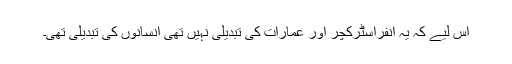
اس لیے کہ یہ انفراسٹرکچر اور عمارات کی تبدیلی نہیں تھی انسانوں کی تبدیلی تھی۔